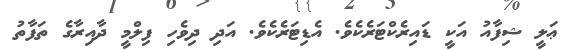
ޢަލީ ޝިފާއު އަކީ ޑައިރެކްޓަރެކެވެ. އެޑިޓަރެކެވެ. އަދި ދިވެހި ފިލްމީ ދާއިރާގެ ތަފާތު